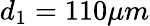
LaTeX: d_{1}=110\mu m